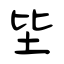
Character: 坒